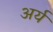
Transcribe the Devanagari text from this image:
अर्य